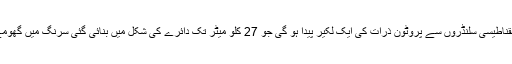
انہیں مقناطیسی سلنڈروں سے پروٹون ذرات کی ایک لکیر پیدا ہو گی جو 27 کلو میٹر تک دائرے کی شکل میں بنائی گئی سرنگ میں گھومے گی۔